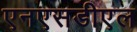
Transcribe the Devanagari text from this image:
एनएसडीएल